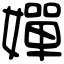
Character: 嬋